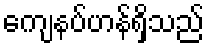
ကျေနပ်ဟန်ရှိသည်